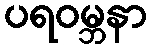
ပရဝမ္ဘနာ